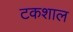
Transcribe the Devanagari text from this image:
टकशाल